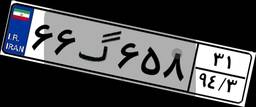
۶۶گ۶۵۸۳۱